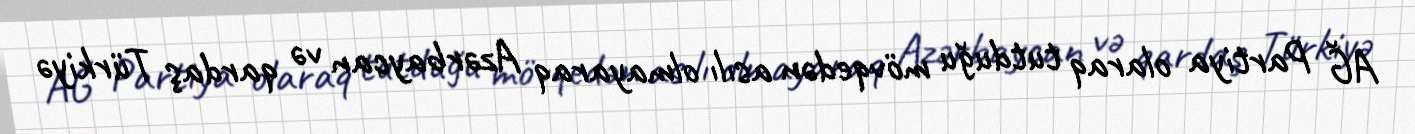
AĞ Partiya olaraq tutduğu mövqedən asılı olmayaraq Azərbaycan və qardaş Türkiyə